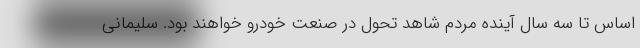
اساس تا سه سال آينده مردم شاهد تحول در صنعت خودرو خواهند بود. سليماني